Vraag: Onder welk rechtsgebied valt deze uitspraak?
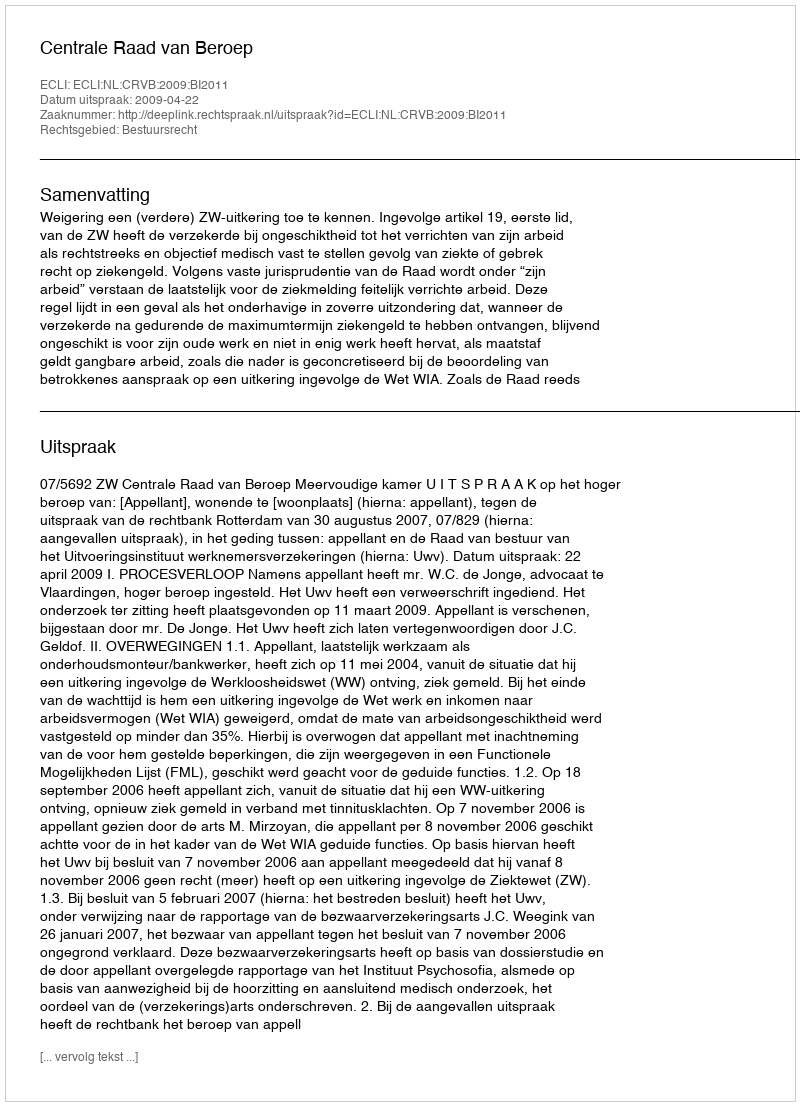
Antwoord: Bestuursrecht